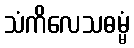
သံကိလေသဓမ္မံ